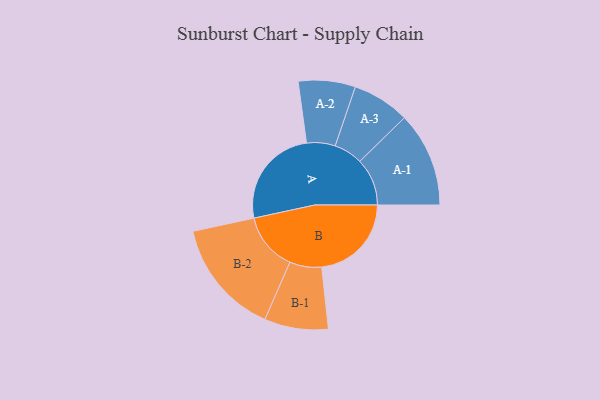
{"axis": {"x": "Segment", "y": "Value"}, "legend": ["", "A", "B"], "data": [{"x": "A", "y": 411, "type": ""}, {"x": "B", "y": 365, "type": ""}, {"x": "A-1", "y": 193, "type": "A"}, {"x": "A-2", "y": 116, "type": "A"}, {"x": "A-3", "y": 117, "type": "A"}, {"x": "B-1", "y": 130, "type": "B"}, {"x": "B-2", "y": 236, "type": "B"}]}